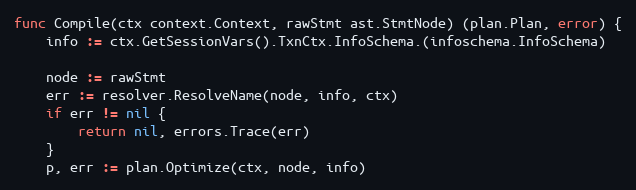
Language: Go
func Compile(ctx context.Context, rawStmt ast.StmtNode) (plan.Plan, error) {
	info := ctx.GetSessionVars().TxnCtx.InfoSchema.(infoschema.InfoSchema)

	node := rawStmt
	err := resolver.ResolveName(node, info, ctx)
	if err != nil {
		return nil, errors.Trace(err)
	}
	p, err := plan.Optimize(ctx, node, info)